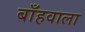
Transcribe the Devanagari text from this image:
बाँहवाला